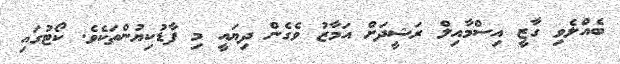
ބެއްލެވި ގާޒީ އިސްމާއިލް ރަޝީދަށް އަމާޒު ވެގެން ދިޔައީ މި ފާޑުކިޔުންތަކެވެ. ކޯޓުގައި